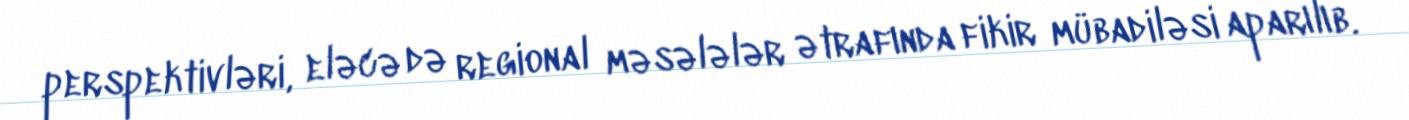
perspektivləri, eləcə də regional məsələlər ətrafında fikir mübadiləsi aparılıb.